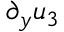
\partial _ { y } { u _ { 3 } }